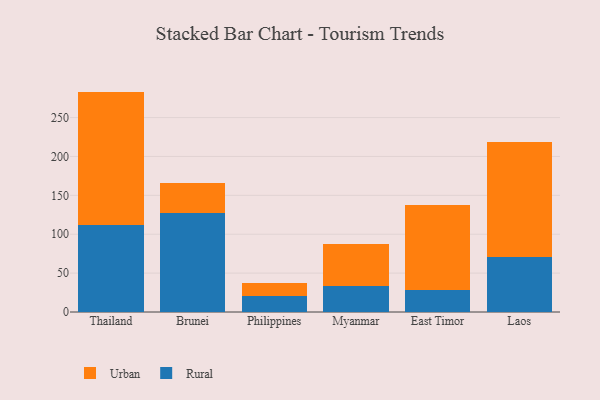
{"axis": {"x": "Country", "y": "Temperature (°C)"}, "legend": ["Rural", "Urban"], "data": [{"x": "Thailand", "y": 111.8, "type": "Rural"}, {"x": "Thailand", "y": 171.6, "type": "Urban"}, {"x": "Brunei", "y": 127.7, "type": "Rural"}, {"x": "Brunei", "y": 38.2, "type": "Urban"}, {"x": "Philippines", "y": 20.6, "type": "Rural"}, {"x": "Philippines", "y": 16.5, "type": "Urban"}, {"x": "Myanmar", "y": 33.5, "type": "Rural"}, {"x": "Myanmar", "y": 54.3, "type": "Urban"}, {"x": "East Timor", "y": 28.7, "type": "Rural"}, {"x": "East Timor", "y": 109.5, "type": "Urban"}, {"x": "Laos", "y": 70.2, "type": "Rural"}, {"x": "Laos", "y": 148.0, "type": "Urban"}]}